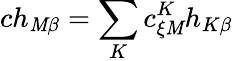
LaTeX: ch_{\mathit{M}\beta}=\sum_{K}c_{\xi\mathit{M}}^{K}h_{K\beta}